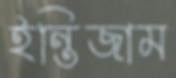
ইন্তিজাম